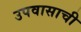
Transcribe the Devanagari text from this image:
उपवासाची